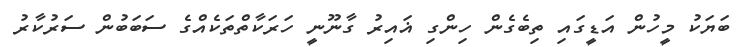
ބަޔަކު މީހުން އަޑީގައި ތިބެގެން ހިންގި ޣައިރު ގާނޫނީ ހަރަކާތްތަކެއްގެ ސަބަބުން ސަރުކާރު